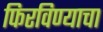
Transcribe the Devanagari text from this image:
फिरविण्याचा